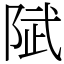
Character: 陚